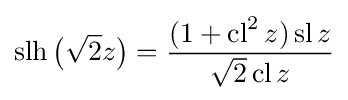
\operatorname {slh} {\bigl (}{\sqrt {2}}z{\bigr )}={\frac {(1+\operatorname {cl} ^{2}z)\operatorname {sl} z}{{\sqrt {2}}\operatorname {cl} z}}